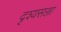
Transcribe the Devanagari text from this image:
दृश्यसज्जा